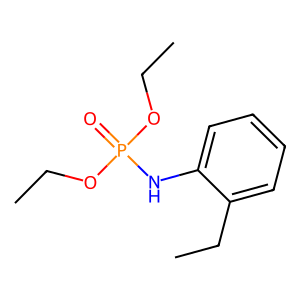
SMILES: CCOP(=O)(Nc1ccccc1CC)OCC
Inhibits HIV replication: No